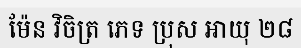
ម៉ែន វិចិត្រ ភេទ ប្រុស អាយុ ២៨